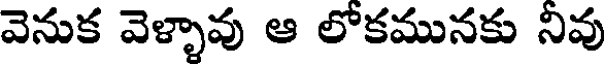
వెనుక వెళ్ళావు ఆ లోకమునకు నివు